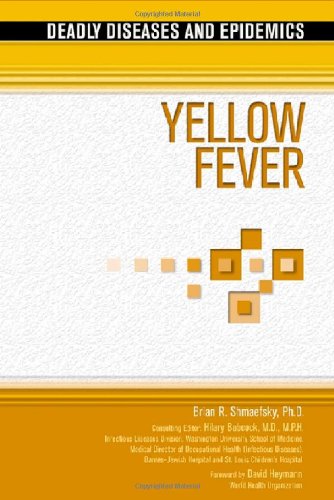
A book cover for Yellow Fever (Deadly Diseases and Epidemics); Brian R. Shmaefsky; Teen & Young Adult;